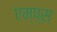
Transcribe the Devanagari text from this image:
एम्प्स